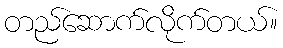
တည်ဆောက်လိုက်တယ်။